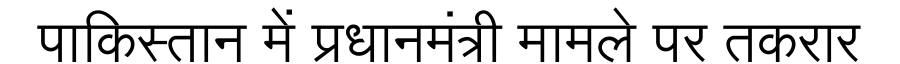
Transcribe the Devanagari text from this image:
पाकिस्तान में प्रधानमंत्री मामले पर तकरार